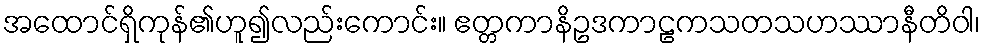
အထောင်ရှိကုန်၏ဟူ၍လည်းကောင်း။ ဧတ္တကာနိဥဒကာဠကသတသဟဿာနီတိဝါ၊